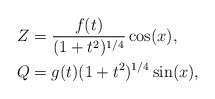
\begin{align*} Z&= \frac{f(t)}{(1+t^2)^{1/4}} \cos(x), \\ Q&= g(t)(1+t^2)^{1/4} \sin(x), \end{align*}